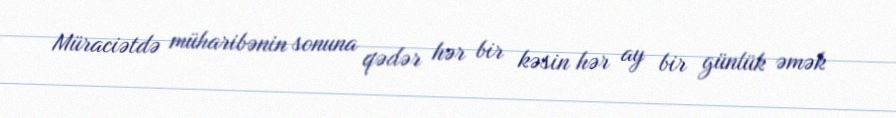
Müraciətdə müharibənin sonuna qədər hər bir kəsin hər ay bir günlük əmək